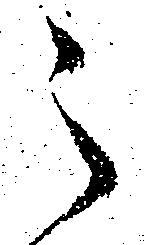
之